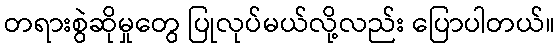
တရားစွဲဆိုမှုတွေ ပြုလုပ်မယ်လို့လည်း ပြောပါတယ်။